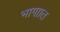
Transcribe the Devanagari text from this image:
भागाात